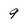
Character: 9